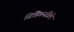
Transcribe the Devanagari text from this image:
बिडिगनविले